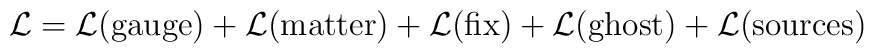
{\cal L}={\cal L}(\mbox{gauge})+ {\cal L}(\mbox{matter})          + {\cal L}(\mbox{fix})+ {\cal L}(\mbox{ghost})          + {\cal L}(\mbox{sources})